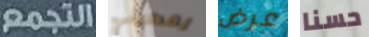
التجمع يعطيني عرض حسنا